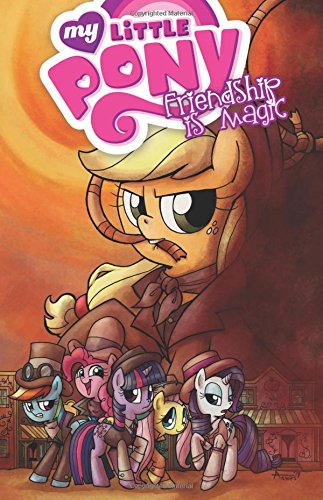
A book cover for My Little Pony: Friendship is Magic Volume 7 (My Little Pony Friendship Is Magic Tp); Katie Cook; Children's Books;